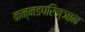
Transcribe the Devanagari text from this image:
कन्नडपरिज्ञान